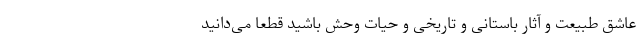
عاشق طبیعت و آثار باستانی و تاریخی و حیات وحش باشید قطعاً می­‌دانید